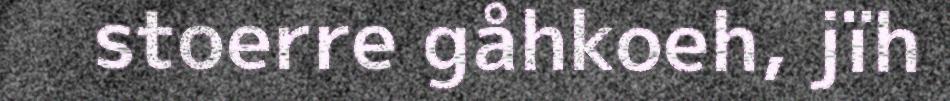
stoerre gåhkoeh, jïh